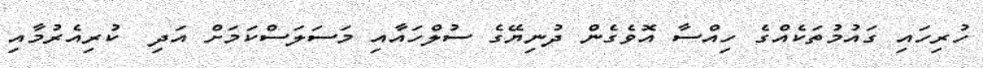
ހުރިހައި ގައުމުތަކެއްގެ ހިއްސާ އޮވެގެން ދުނިޔޭގެ ސުލްހައާއި މަސަލަސްކަމަށް އަދި  ކުރިއެރުމާއި